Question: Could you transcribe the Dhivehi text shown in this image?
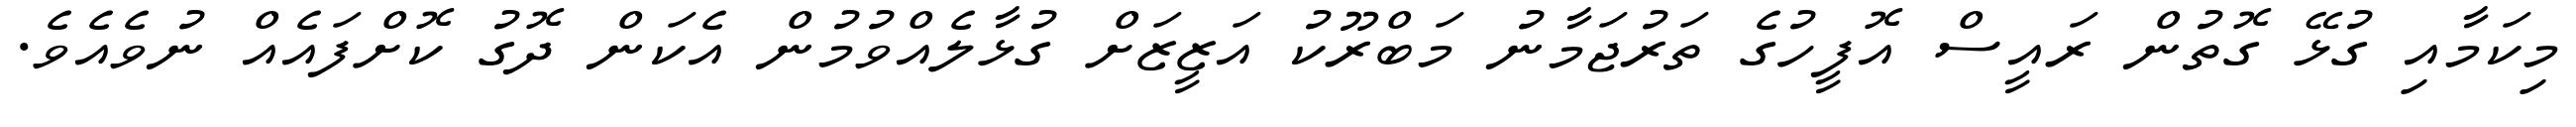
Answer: މިކަމާއި ގުޅޭ ގޮތުން ރައީސް އޮފީހުގެ ތަރުޖަމާނު މަބްރޫކު އަޒީޒަށް ގުޅާލެއްވުމުން އެކަން ދޮގު ކޮށްފައެއް ނުވެއެވެ.